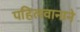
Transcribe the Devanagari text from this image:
पहिलवानाने